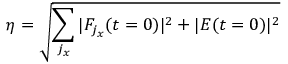
\eta = \sqrt { \sum _ { j _ { x } } | F _ { j _ { x } } ( t = 0 ) | ^ { 2 } + | E ( t = 0 ) | ^ { 2 } }